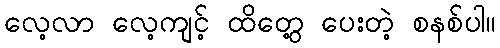
လေ့လာ လေ့ကျင့် ထိတွေ့ ပေးတဲ့ စနစ်ပါ။